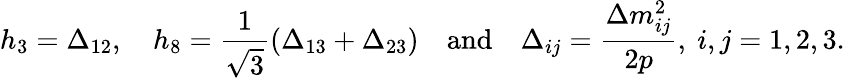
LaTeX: h_{3}=\Delta_{12},\quad h_{8}=\frac{1}{\sqrt{3}}(\Delta_{13}+\Delta_{23})\quad\textrm{and}\quad\Delta_{ij}=\frac{\Delta m_{ij}^{2}}{2p},~i,j=1,2,3.